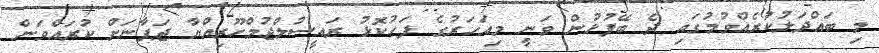
މި ބައްދަލުކުރެއްވުމުގައި ދެ ބޭފުޅުން ވަނީ މިއަހަރުގެ ފަހުކޮޅު ރައީސުލްޖުމްހޫރިއްޔާ ޖަޕާނަށް ކުރައްވަން